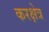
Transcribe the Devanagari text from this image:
करक्षेत्र